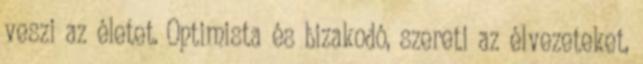
veszi az életet. Optimista és bizakodó, szereti az élvezeteket,